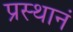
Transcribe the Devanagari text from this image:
प्रस्थानं